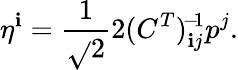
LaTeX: \eta^{\mathbf{i}}=\frac{{1}}{{\sqrt{}{{2}}}}2(C^{T})_{\mathbf{i}j}^{\! -\! 1}p^{j}.